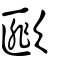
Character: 𣤆